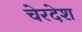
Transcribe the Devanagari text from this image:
चेरदेश